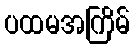
ပထမအကြိမ်